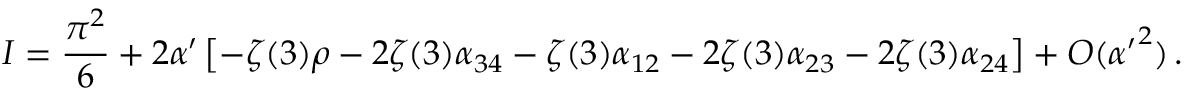
I = \frac { \pi ^ { 2 } } { 6 } + 2 \alpha ^ { \prime } \left[ - \zeta ( 3 ) \rho - 2 \zeta ( 3 ) \alpha _ { 3 4 } - \zeta ( 3 ) \alpha _ { 1 2 } - 2 \zeta ( 3 ) \alpha _ { 2 3 } - 2 \zeta ( 3 ) \alpha _ { 2 4 } \right] + { \cal O } ( { \alpha ^ { \prime } } ^ { 2 } ) \, .